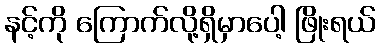
နင့်ကို ကြောက်လို့ရှိမှာပေါ့ ဖြိုးရယ်